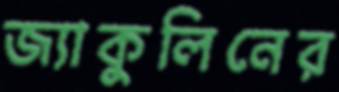
জ্যাকুলিনের